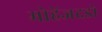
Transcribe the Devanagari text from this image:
मोहेंजदडो